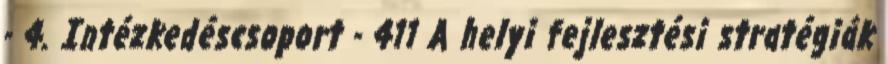
- 4. Intézkedéscsoport - 411 A helyi fejlesztési stratégiák